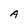
Character: A